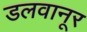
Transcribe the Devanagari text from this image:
डलवानूर